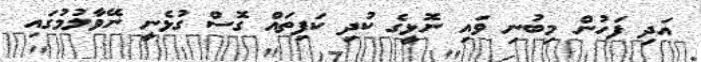
އަދި ފަހުން މިބުނި ވައި ނޮޅީގެ ކުދި ކަފިތައް ގޮސް ގުޅެނީ ނޭވާލުމުގައި